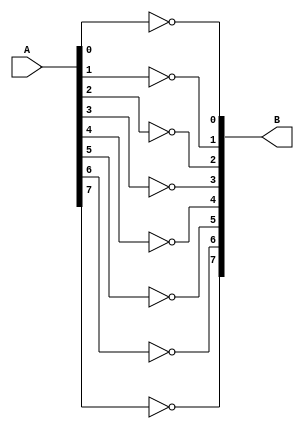
module comp8(B, A);

    input [7:0]A;
    output [7:0]B;

    not x0(B[0],A[0]);
    not x1(B[1],A[1]);
    not x2(B[2],A[2]);
    not x3(B[3],A[3]);
    not x4(B[4],A[4]);
    not x5(B[5],A[5]);
    not x6(B[6],A[6]);
    not x7(B[7],A[7]);

endmodule